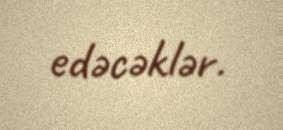
edəcəklər.